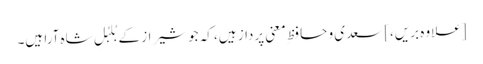
[علاوہ بریں،] سعدی و حافظِ معنی پرداز ہیں، کہ جو شیراز کے بُلبُلِ شاہ آرا ہیں۔